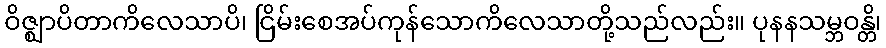
ဝိဇ္ဈာပိတာကိလေသာပိ၊ ငြိမ်းစေအပ်ကုန်သောကိလေသာတို့သည်လည်း။ ပုနနသမ္ဘဝန္တိ၊